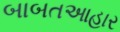
બાબતઆહાર